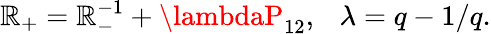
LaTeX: \mathbb{R}_{+}=\mathbb{R}_{-}^{-1}+\lambdaP_{12},~~~\lambda=q-1/q.